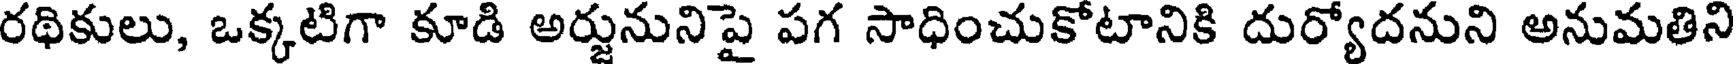
రథికులు, ఒక్కటిగా కూడి అర్జునునిపై పగ సాధించుకోటానికి దుర్యోదనుని అనుమతిని